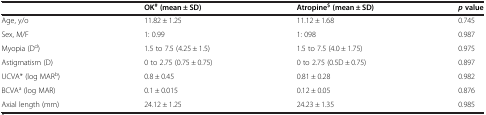
<table><thead><tr><td><b> </b></td><td><b>OK<sup>#</sup>(mean ± SD)</b></td><td><b>Atropine<sup>$</sup>(mean ± SD)</b></td><td><b><i>p</i>value</b></td></tr></thead><tbody><tr><td>Age, y/o</td><td>11.82 ± 1.25</td><td>11.12 ± 1.68</td><td>0.745</td></tr><tr><td>Sex, M/F</td><td>1: 0.99</td><td>1: 098</td><td>0.987</td></tr><tr><td>Myopia (D<sup>d</sup>)</td><td>1.5 to 7.5 (4.25 ± 1.5)</td><td>1.5 to 7.5 (4.0 ± 1.75)</td><td>0.975</td></tr><tr><td>Astigmatism (D)</td><td>0 to 2.75 (0.75 ± 0.75)</td><td>0 to 2.75 (0.5D ± 0.75)</td><td>0.897</td></tr><tr><td>UCVA* (log MAR<sup>b</sup>)</td><td>0.8 ± 0.45</td><td>0.81 ± 0.28</td><td>0.982</td></tr><tr><td>BCVA<sup>a</sup> (log MAR)</td><td>0.1 ± 0.015</td><td>0.12 ± 0.05</td><td>0.876</td></tr><tr><td>Axial length (mm)</td><td>24.12 ± 1.25</td><td>24.23 ± 1.35</td><td>0.985</td></tr></tbody></table>